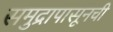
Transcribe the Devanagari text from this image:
समुद्रापासूनची